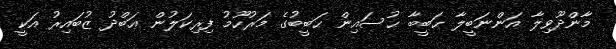
މާންދޫވިލާ އަންނަބީލާ ޙަބީބާ ޙުސައިން ޙަބީބުގެ މަރުހޫމު ފިރިކަލުން ޢަބްދު ޒުބައިރު އަކީ